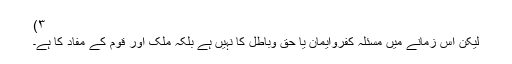
۳)
لیکن اس زمانے میں مسئلہ کفروایمان یا حق وباطل کا نہیں ہے بلکہ ملک اور قوم کے مفاد کا ہے۔